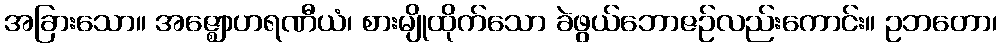
အခြားသော။ အဇ္ဈောဟရဏီယံ၊ စားမျိုထိုက်သော ခဲဖွယ်ဘောဇဉ်လည်းကောင်း။ ဥဘတော၊